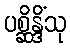
ပစ္ဆိန္ဒိံသု